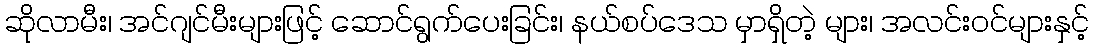
ဆိုလာမီး၊ အင်ဂျင်မီးများဖြင့် ဆောင်ရွက်ပေးခြင်း၊ နယ်စပ်ဒေသ မှာရှိတဲ့ များ၊ အလင်းဝင်များနှင့်